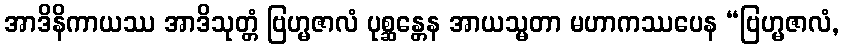
အာဒိနိကာယဿ အာဒိသုတ္တံ ဗြဟ္မဇာလံ ပုစ္ဆန္တေန အာယသ္မတာ မဟာကဿပေန “ဗြဟ္မဇာလံ,